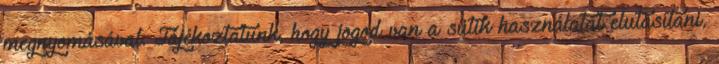
megnyomásával. Tájékoztatunk, hogy jogod van a sütik használatát elutasítani,